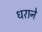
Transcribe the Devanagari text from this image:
धराने